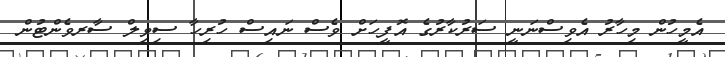
އެމީހުން މިހާރު އެވިސްނަނީ ސަރުކާރުގެ އޮފީހަށް ވެސް ނައިސް ހުރިހާ ސިވިލް ސާރވެންޓުން